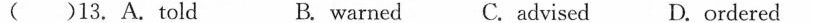
( ) 13.A.told B.warned C.advised D.ordered